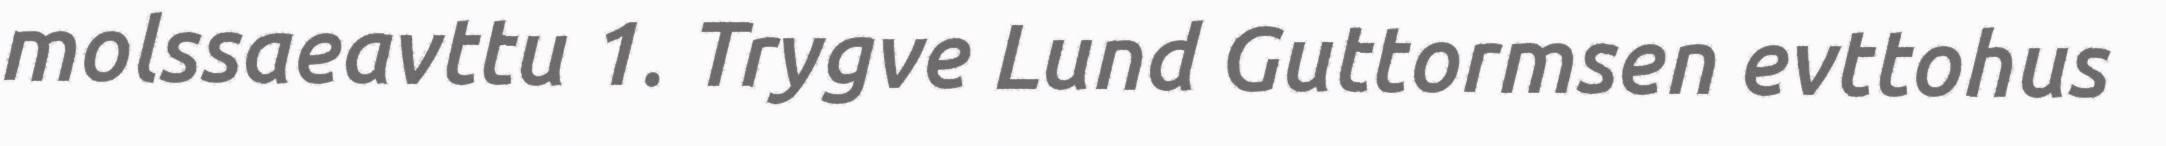
molssaeavttu 1. Trygve Lund Guttormsen evttohus